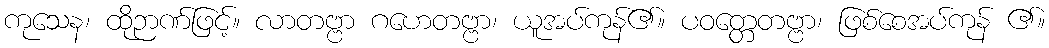
ကုသေန၊ ထိုဉာဏ်ဖြင့်။ လာတဗ္ဗာ ဂဟေတဗ္ဗာ၊ ယူအပ်ကုန်၏။ ပဝတ္တေတဗ္ဗာ၊ ဖြစ်စေအပ်ကုန် ၏။